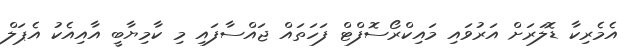
އެމެރިކާ ޑޮލަރަށް އަރުވައި މައިކްރޯސޮފްޓް ފަހަތައް ޖައްސާފައި މި ކާމިޔާބީ އާއިއެކު އެޕަލް